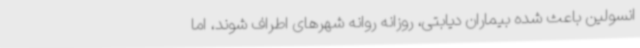
انسولین باعث شده بیماران دیابتی، روزانه روانه شهرهای اطراف شوند، اما